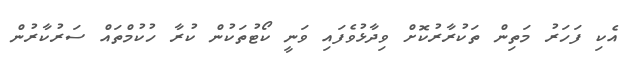
އެކި ފަހަރު މަތިން ތަކުރާރުކޮށް ވިދާޅުވެފައި ވަނީ ކޯޓުތަކުން ކުރާ ހުކުމްތައް ސަރުކާރުން